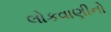
લોકવાણીનો